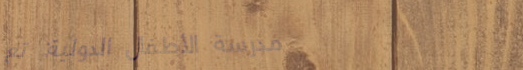
مدرسة الأطفال الدولية: تع